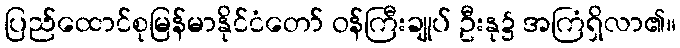
ပြည်ထောင်စုမြန်မာနိုင်ငံတော် ဝန်ကြီးချုပ် ဦးနု၌ အကြံရှိလာ၏။